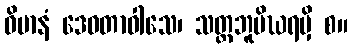
ဝိမာနံ ဒေဝတာဝါသေ၊ သတ္တဘူမိဃရမှိ စ။